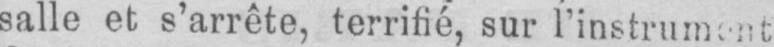
salle et s’arrête, terrifié, sur l’instrument